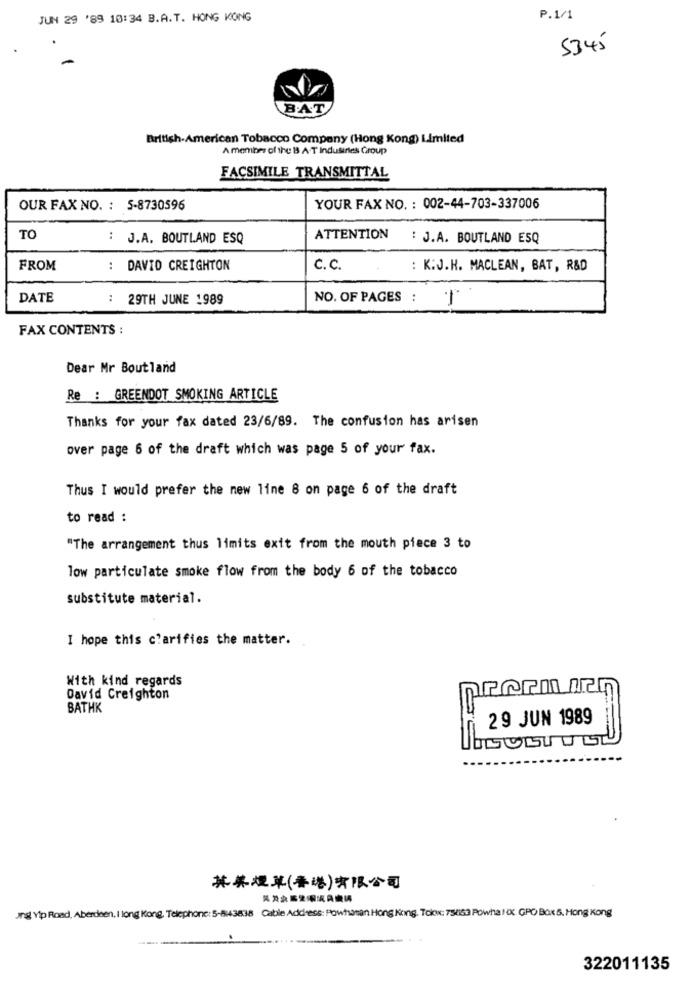
JUN 29 '89 10:34 B.A.T. HONG KONG
P.1/1
5345
B.A.T
British-American Tobacco Company (Hong Kong) Limited
A member of the B3 A-T Industries Group
FACSIMILE TRANSMITTAL
OUR FAX NO. : 5-8730596
YOUR FAX NO. : 002-44-703-337006
TO
: J.A. BOUTLAND ESQ
ATTENTION
: J.A. BOUTLAND ESQ
FROM
: DAVID CREIGHTON
C. C.
: K:J.H. MACLEAN, BAT, R&D
DATE
: 29TH JUNE 1989
NO. OF PAGES : ']'
FAX CONTENTS :
Dear Mr Boutland
Re : GREENDOT SMOKING ARTICLE
Thanks for your fax dated 23/6/89. The confusion has arisen
over page 6 of the draft which was page 5 of your fax.
Thus I would prefer the new line 8 on page 6 of the draft
to read :
"The arrangement thus limits exit from the mouth piece 3 to
low particulate smoke flow from the body 6 of the tobacco
substitute material.
I hope this clarifies the matter.
With kind regards
David Creighton
BATHK
29 JUN 1989
---
**** ( ** ) *= >=
Jrg Yip Road, Aberdeen, I long Kong, Telephone: 5-843838 Cable Address: Powhatan Hong Kong. Tolow: 75463 Powha! O. GPO Box &, Hong Kong
322011135